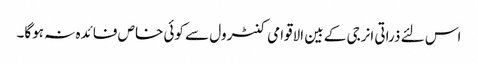
اس لئے ذراتی انرجی کے بین الاقوامی کنٹرول سے کوئی خاص فائدہ نہ ہوگا۔